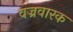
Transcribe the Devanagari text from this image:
वज्रवारक